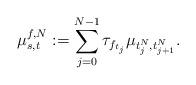
LaTeX: \begin{align*}\mu^{f,N}_{s,t} := \sum_{j=0}^{N-1} \tau_{f_{t_j}}\mu_{t_j^N, t_{j+1}^N}.\end{align*}